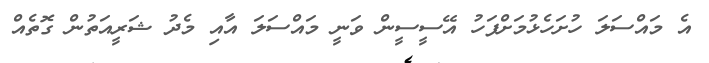
އެ މައްސަލަ ހުށަހެޅުމަށްފަހު އޭސީސީން ވަނީ މައްސަލަ އާއި މެދު ޝަރީއަތުން ގޮތެއް